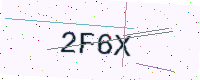
Text: 2F6X